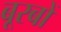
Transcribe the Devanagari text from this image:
बूरबों